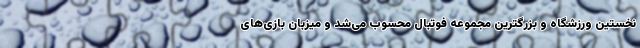
نخستین ورزشگاه و بزرگترین مجموعه فوتبال محسوب می‌شد و میزبان بازی‌های